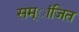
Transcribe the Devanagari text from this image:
सम्ांजित